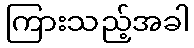
ကြားသည့်အခါ